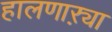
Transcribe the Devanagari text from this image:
हालणाऱ्या